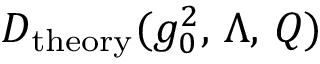
D _ { \mathrm { t h e o r y } } ( g _ { 0 } ^ { 2 } , \, \Lambda , \, Q )